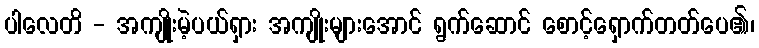
ပါလေတိ - အကျိုးမဲ့ပယ်ရှား အကျိုးများအောင် ရွက်ဆောင် စောင့်ရှောက်တတ်ပေ၏၊